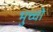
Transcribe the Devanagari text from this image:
भुच्चो